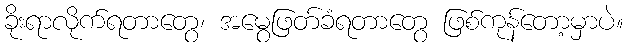
ခိုးရာလိုက်ရတာတွေ၊ အမွေဖြတ်ခံရတာတွေ ဖြစ်ကုန်တော့မှာပဲ။